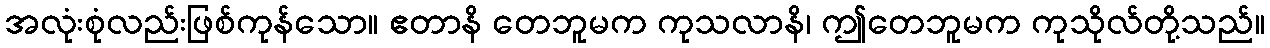
အလုံးစုံလည်းဖြစ်ကုန်သော။ ဧတာနိ တေဘူမက ကုသလာနိ၊ ဤတေဘူမက ကုသိုလ်တို့သည်။